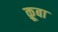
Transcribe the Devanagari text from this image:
क़ूबा